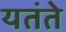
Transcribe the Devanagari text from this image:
यतंते